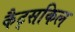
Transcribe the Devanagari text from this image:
कैट्सकिल